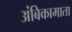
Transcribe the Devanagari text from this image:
अंबिकामाता